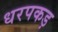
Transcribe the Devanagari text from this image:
धरपकड़